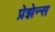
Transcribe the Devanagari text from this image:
प्रेझेन्स